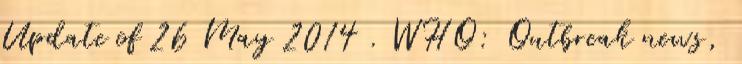
Update of 26 May 2014 . WHO: Outbreak news,